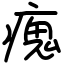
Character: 瘣